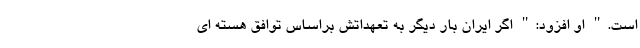
است." او افزود:" اگر ایران بار دیگر به تعهداتش براساس توافق هسته ای